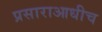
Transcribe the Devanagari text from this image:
प्रसाराआधीच